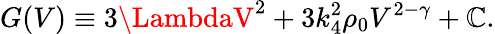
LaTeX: G(V)\equiv3\LambdaV^{2}+3k_{4}^{2}\rho_{0}V^{2-\gamma}+\mathbb{C}.